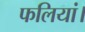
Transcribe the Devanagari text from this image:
फलियां।